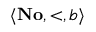
\langle \mathbf { N o } , \mathrm { < } , b \rangle